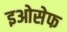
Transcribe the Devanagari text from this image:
इओसेफ